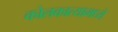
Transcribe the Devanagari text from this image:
कोलकात्यामध्ये